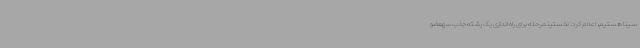
سینا هستیم، اعلام کرد: نخستینمرحله برای راه اندازی یک رشته جذب سهعضو